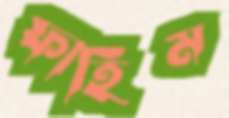
ফাহিম